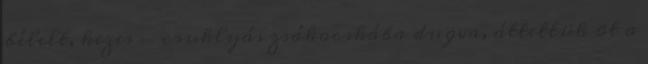
bélelt, kezes - csuklyás zsákocskába dugva, áttettük õt a